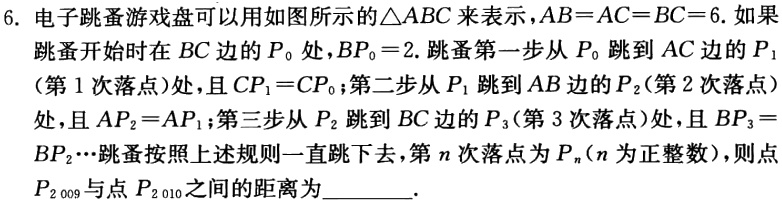
6. 电子跳蚤游戏盘可以用如图所示的\(\triangle ABC\)来表示，\(AB = AC = BC = 6\). 如果跳蚤开始时在\(BC\)边的\(P_{0}\)处，\(BP_{0}=2\). 跳蚤第一步从\(P_{0}\)跳到\(AC\)边的\(P_{1}\)（第\(1\)次落点）处，且\(CP_{1}=CP_{0}\)；第二步从\(P_{1}\)跳到\(AB\)边的\(P_{2}\)（第\(2\)次落点）处，且\(AP_{2}=AP_{1}\)；第三步从\(P_{2}\)跳到\(BC\)边的\(P_{3}\)（第\(3\)次落点）处，且\(BP_{3}=BP_{2}\cdots\)跳蚤按照上述规则一直跳下去，第\(n\)次落点为\(P_{n}\)（\(n\)为正整数），则点\(P_{2 009}\)与点\(P_{2 010}\)之间的距离为  。